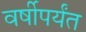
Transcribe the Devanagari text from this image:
वर्षीपर्यंत